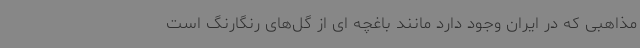
مذاهبی که در ایران وجود دارد مانند باغچه ای از گل‌های رنگارنگ است